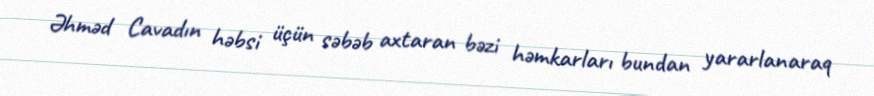
Əhməd Cavadın həbsi üçün səbəb axtaran bəzi həmkarları bundan yararlanaraq